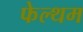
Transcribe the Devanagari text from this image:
फेल्थम